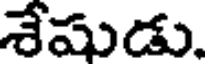
శేషుడు.